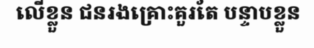
លើខ្លួន ជនរងគ្រោះគួរតែ បន្ទាបខ្លួន